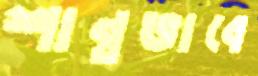
শান্তভাবে